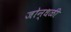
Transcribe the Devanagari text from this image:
जोन्धळी